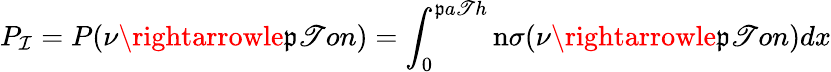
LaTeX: P_{\mathcal{I}}=P(\nu\rightarrowle\mathfrak{p}\mathscr{T}on)=\int_{0}^{\mathfrak{p}a\mathscr{T}h}\mathrm{{n}}\sigma(\nu\rightarrowle\mathfrak{p}\mathscr{T}on)dx